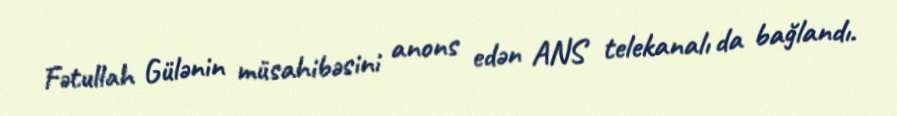
Fətullah Gülənin müsahibəsini anons edən ANS telekanalı da bağlandı.